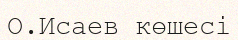
О.Исаев көшесі